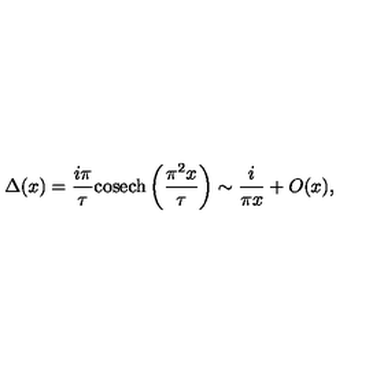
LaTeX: \Delta ( x ) = \frac { i \pi } { \tau } { \mathrm { c o s e c h } } \left( \frac { \pi ^ { 2 } x } { \tau } \right) \sim \frac { i } { \pi x } + O ( x ) ,